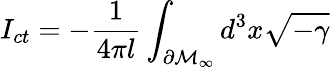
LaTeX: I_{ct}=-\frac 1{4\pi l}\int_{\partial\mathcal{M}_{\infty}}d^{3}x\sqrt{-\gamma}